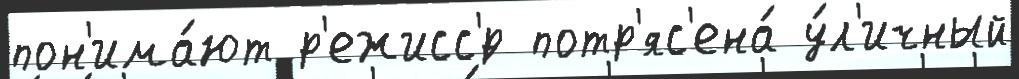
пон'има́ют р'ежисс'́р потр'яс'ена́ у́л'ичный